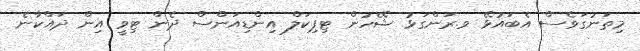
މިތަނުގަވެސް އެބައުޅޭ ވ.ރަންގަޅު ޝޭހުން ޓިޕިކަލް އިންޑިއަންސް ދެން ޓިވީ އިން ދައްކާނެ